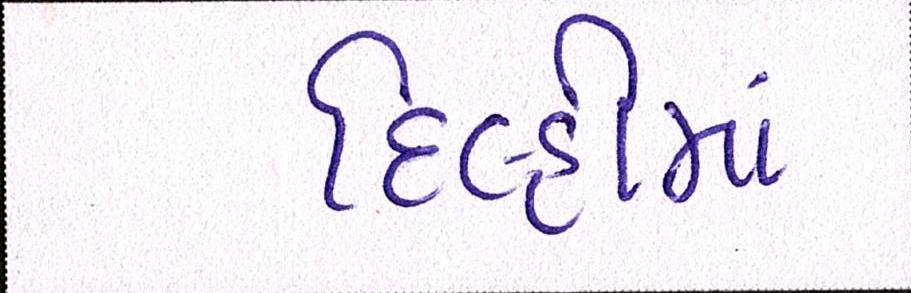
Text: દિલ્હીમાં